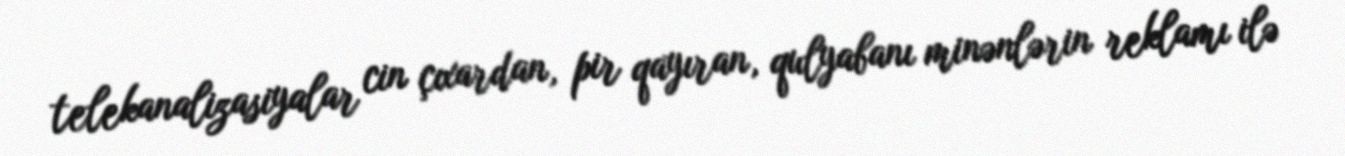
telekanalizasiyalar cin çıxardan, pir qayıran, qulyabanı minənlərin reklamı ilə